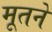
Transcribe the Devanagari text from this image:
मूतने